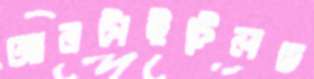
আনটাইটেলড